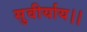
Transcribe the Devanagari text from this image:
सुवीर्याय।।